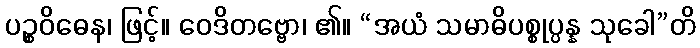
ပဉ္စဝိဓေန၊ ဖြင့်။ ဝေဒိတဗ္ဗော၊ ၏။ “အယံ သမာဓိပစ္စုပ္ပန္န သုခေါ”တိ